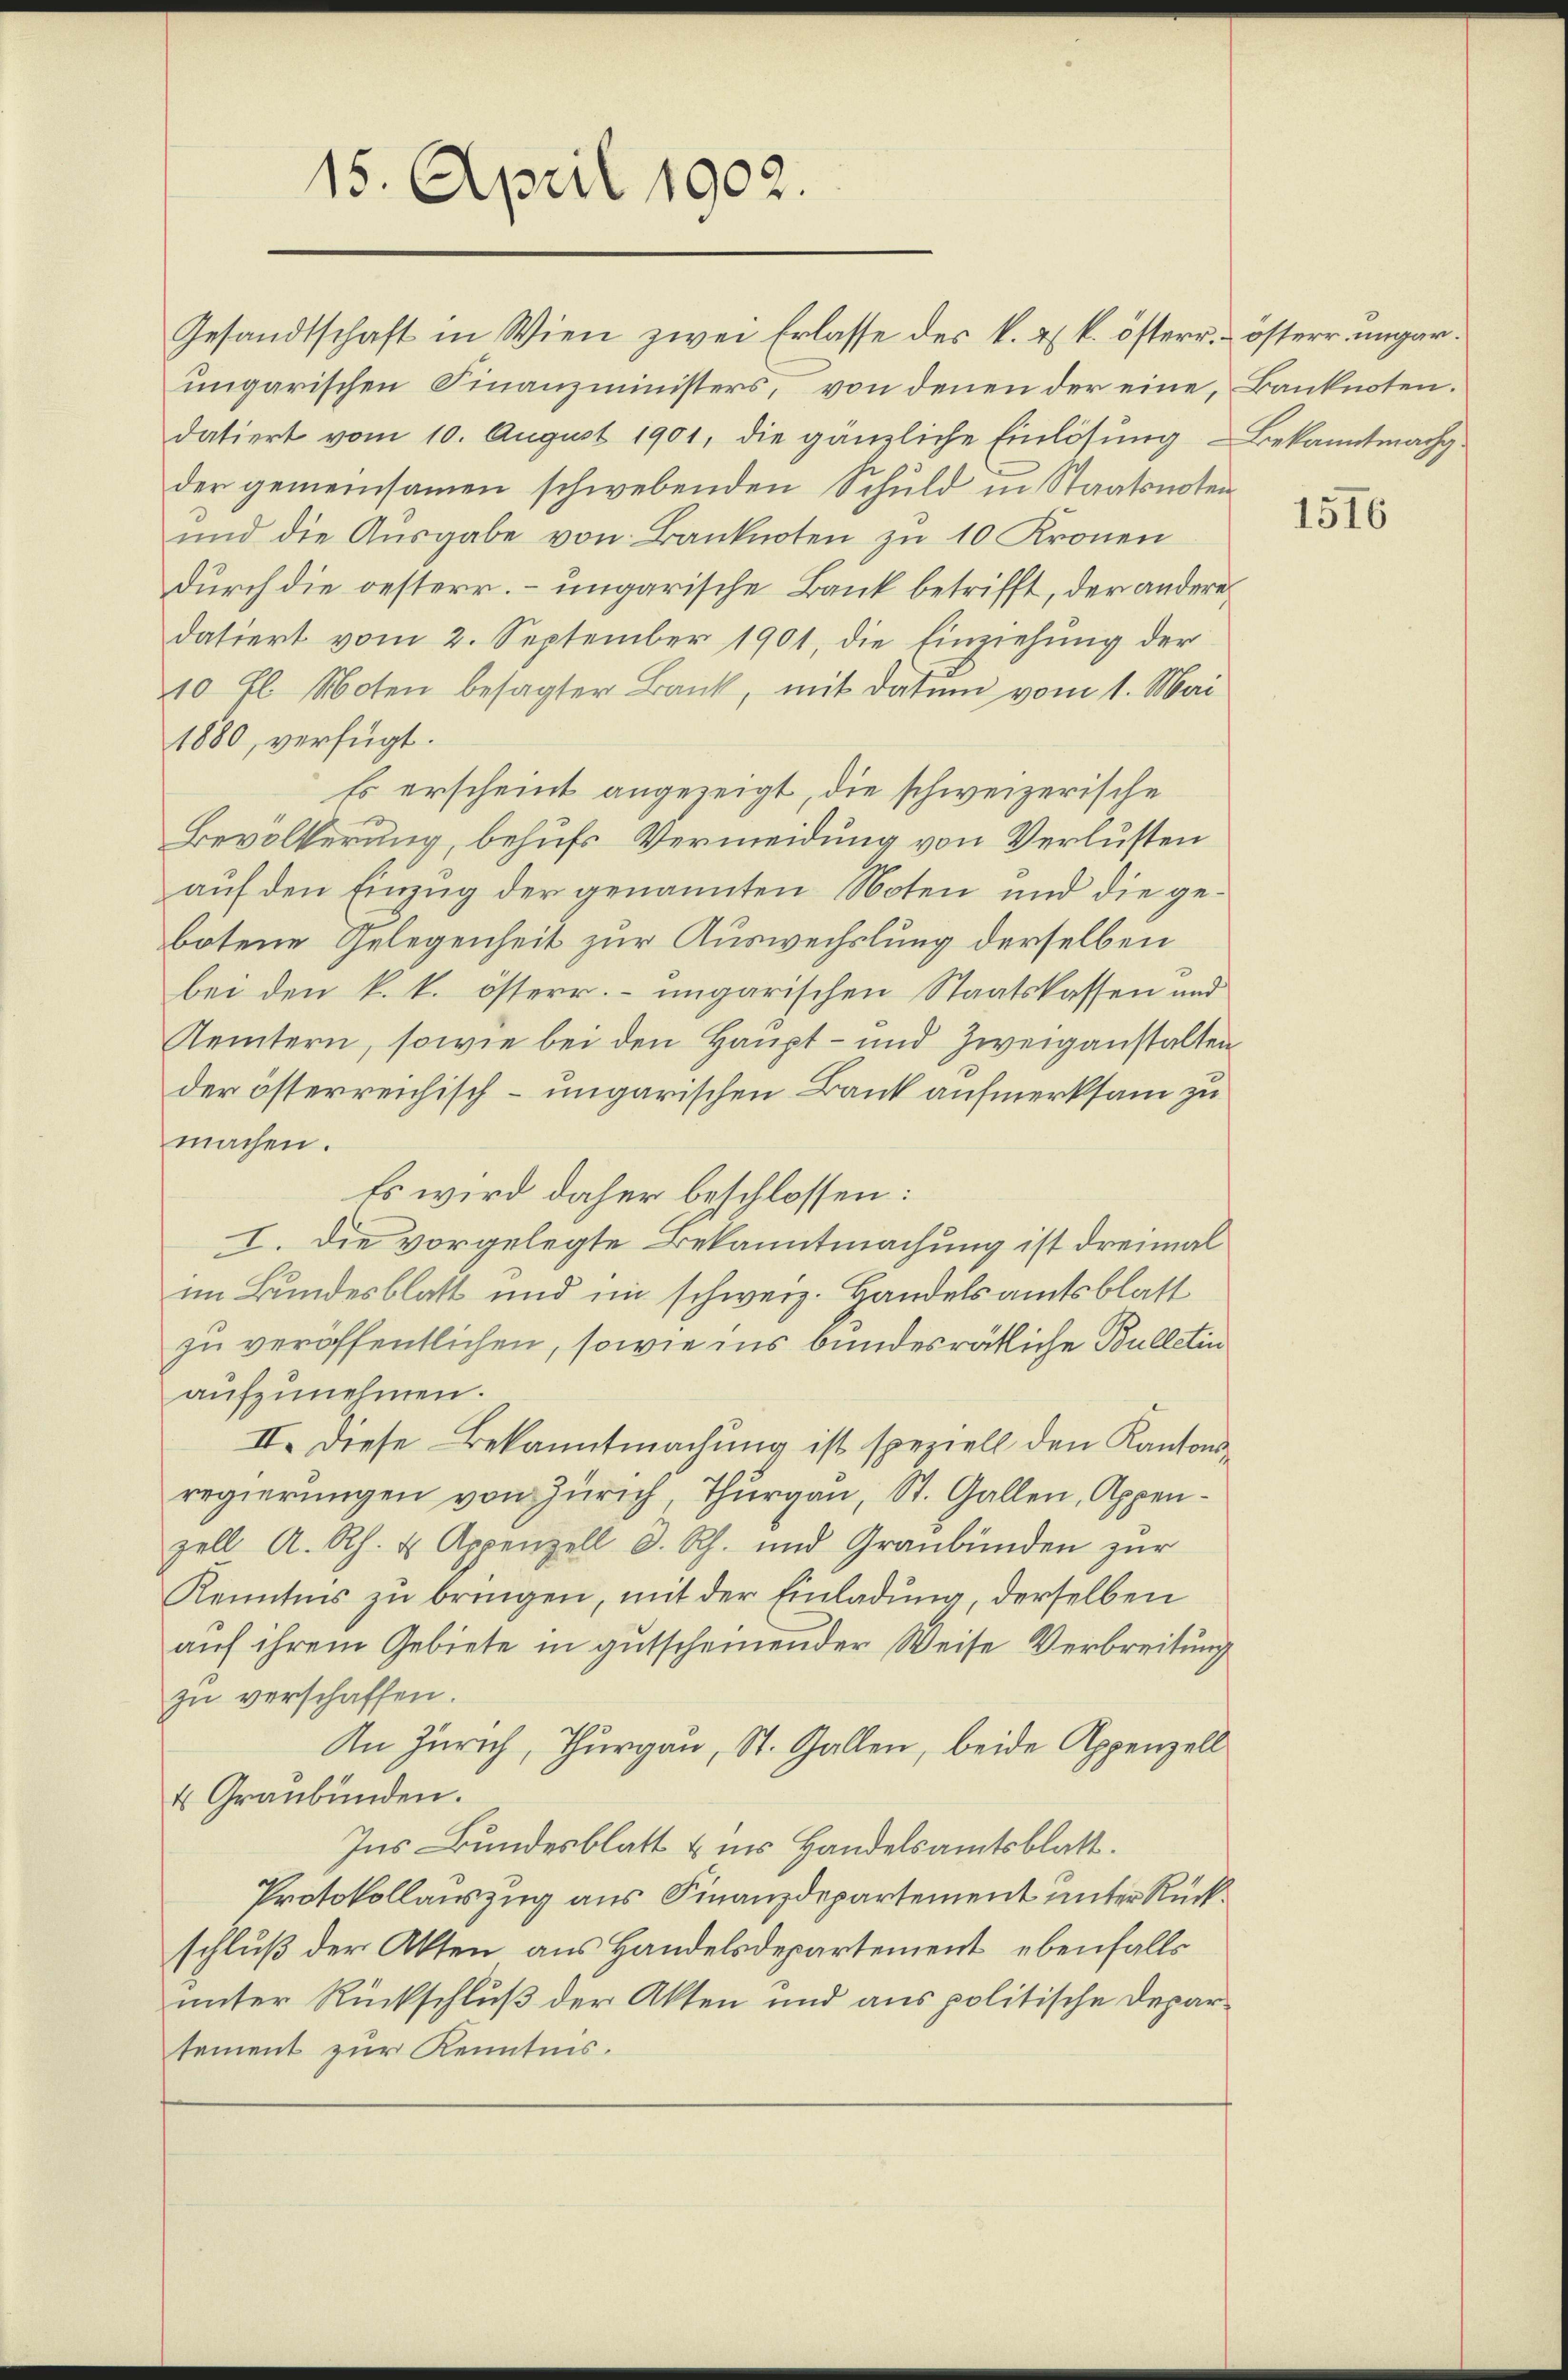
15. April 1902.

Gesandtschaft in Wien zwei Erlasse des k. k. k. österr. österr. ungar.
ungarischen Finanzministers, von denen der eine, Banknoten.
datiert vom 10. August 1901, die gänzliche Einlösung - Bekanntmachg
der gemeinsamen schwebenden Schuld in Staatsnoten
ŭnd die Aŭsgabe von Banknoten zŭ 10 Kronen
durch die oesterr. – ungarische Bank betrifft, der andere
datiert vom 2. September 1901, die Einziehung der
10 fl. Noten besagter Bank, mit Datum vom 1. Mai
1880, verfügt:
Es erscheint angezeigt, die schweizerische
Bevölkerung, behufs Vermeidung von Verlusten
auf den Einzug der genannten Noten und die gebotene Gelegenheit zur Auswechslung derselben
bei den k. k. österr. ungarischen Staatskassen und
Kemtern, sowie bei den Haupt- und Zweiganstalten
der österreichisch-ungarischen Bank aufmerksam zu
machen.
Es wird daher beschlossen:
I. Die vorgelegte Bekanntmachung ist dreimal
im Bundesblatt und im schweiz. Handelsamtsblatt
zu veröffentlichen, sowie ins bundesrätliche Bulletin
aufzunehmen.
II. Diese Bekanntmachung ist speziell den Kantonsregierungen von Zürich, Thurgau, St. Gallen, Appenzell A. Rh. & Appenzell d. Rh. und Graubünden zur
Kenntnis zu bringen, mit der Einladung, derselben
auf ihrem Gebiete in gutscheinender Weise Verbreitung
zu verschaffen.
In Zürich, Thurgau, St. Gallen, beide Appenzell
4 Graubünden.
Ins Bundesblatt & in Handelsamtsblatt.
Protokollauszug aus Finanzdepartement unter Rückschluß der Akten aus Handelsdepartement, ebenfalls
unter Rückschluß der Akten und aus politische Departement zur Kenntnis.

1516